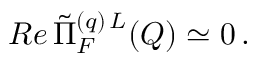
R e \, \tilde { \Pi } _ { F } ^ { ( q ) \, L } ( Q ) \simeq 0 \, .